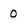
Character: 0